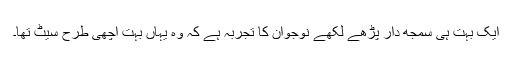
ایک بہت ہی سمجھ دار پڑھے لکھے نوجوان کا تجربہ ہے کہ وہ یہاں بہت اچھی طرح سیٹ تھا۔